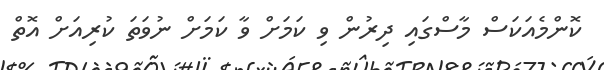
ކޮންމެއަކަސް މާސްގައި ދިރުން ވި ކަމަށް ވާ ކަމަށް ނުވަތަ ކުރިއަށް އޮތް